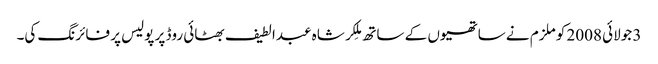
3 جولائی 2008 کو ملزم نے ساتھیوں کے ساتھ مِلکر شاہ عبدالطیف بھٹائی روڈ پر پولیس پر فائرنگ کی۔